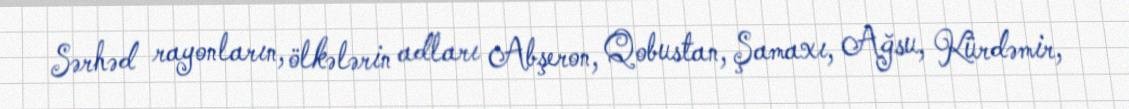
Sərhəd rayonların, ölkələrin adları Abşeron, Qobustan, Şamaxı, Ağsu, Kürdəmir,